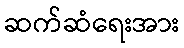
ဆက်ဆံရေးအား